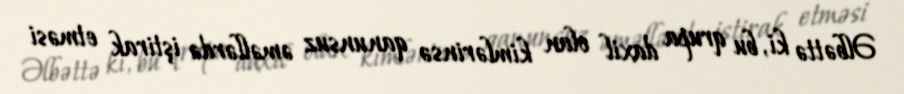
Əlbəttə ki, bu qrupa daxil olan kimlərinsə qanunsuz əməllərdə iştirak etməsi